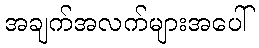
အချက်အလက်များအပေါ်